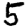
Digit: 5